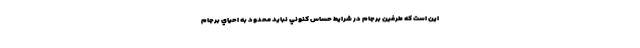
اين است كه طرفين برجام در شرايط حساس كنوني نبايد محدود به احياي برجام